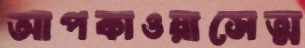
আপকাওয়াসেত্ম